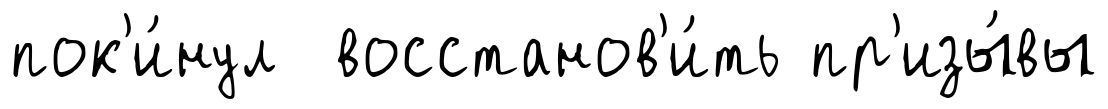
пок'и́нул восстанов'и́ть пр'изы́вы